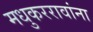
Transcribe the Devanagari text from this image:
मधुकररावांना